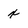
Character: x